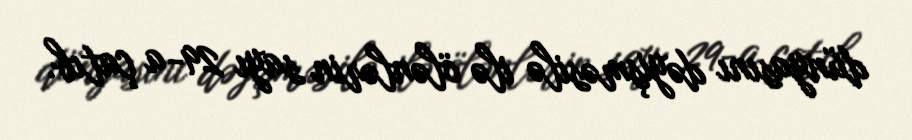
dünyasını dəyişməsilə ilə ölənlərin sayı 29-a çatıb.